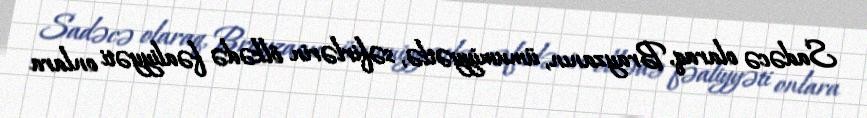
Sadəcə olaraq, Brayzanın, ümumiyyətlə, səfirlərin ölkədə fəaliyyəti onlara